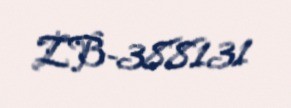
ZB-388131